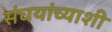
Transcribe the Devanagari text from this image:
संघयांच्याशी